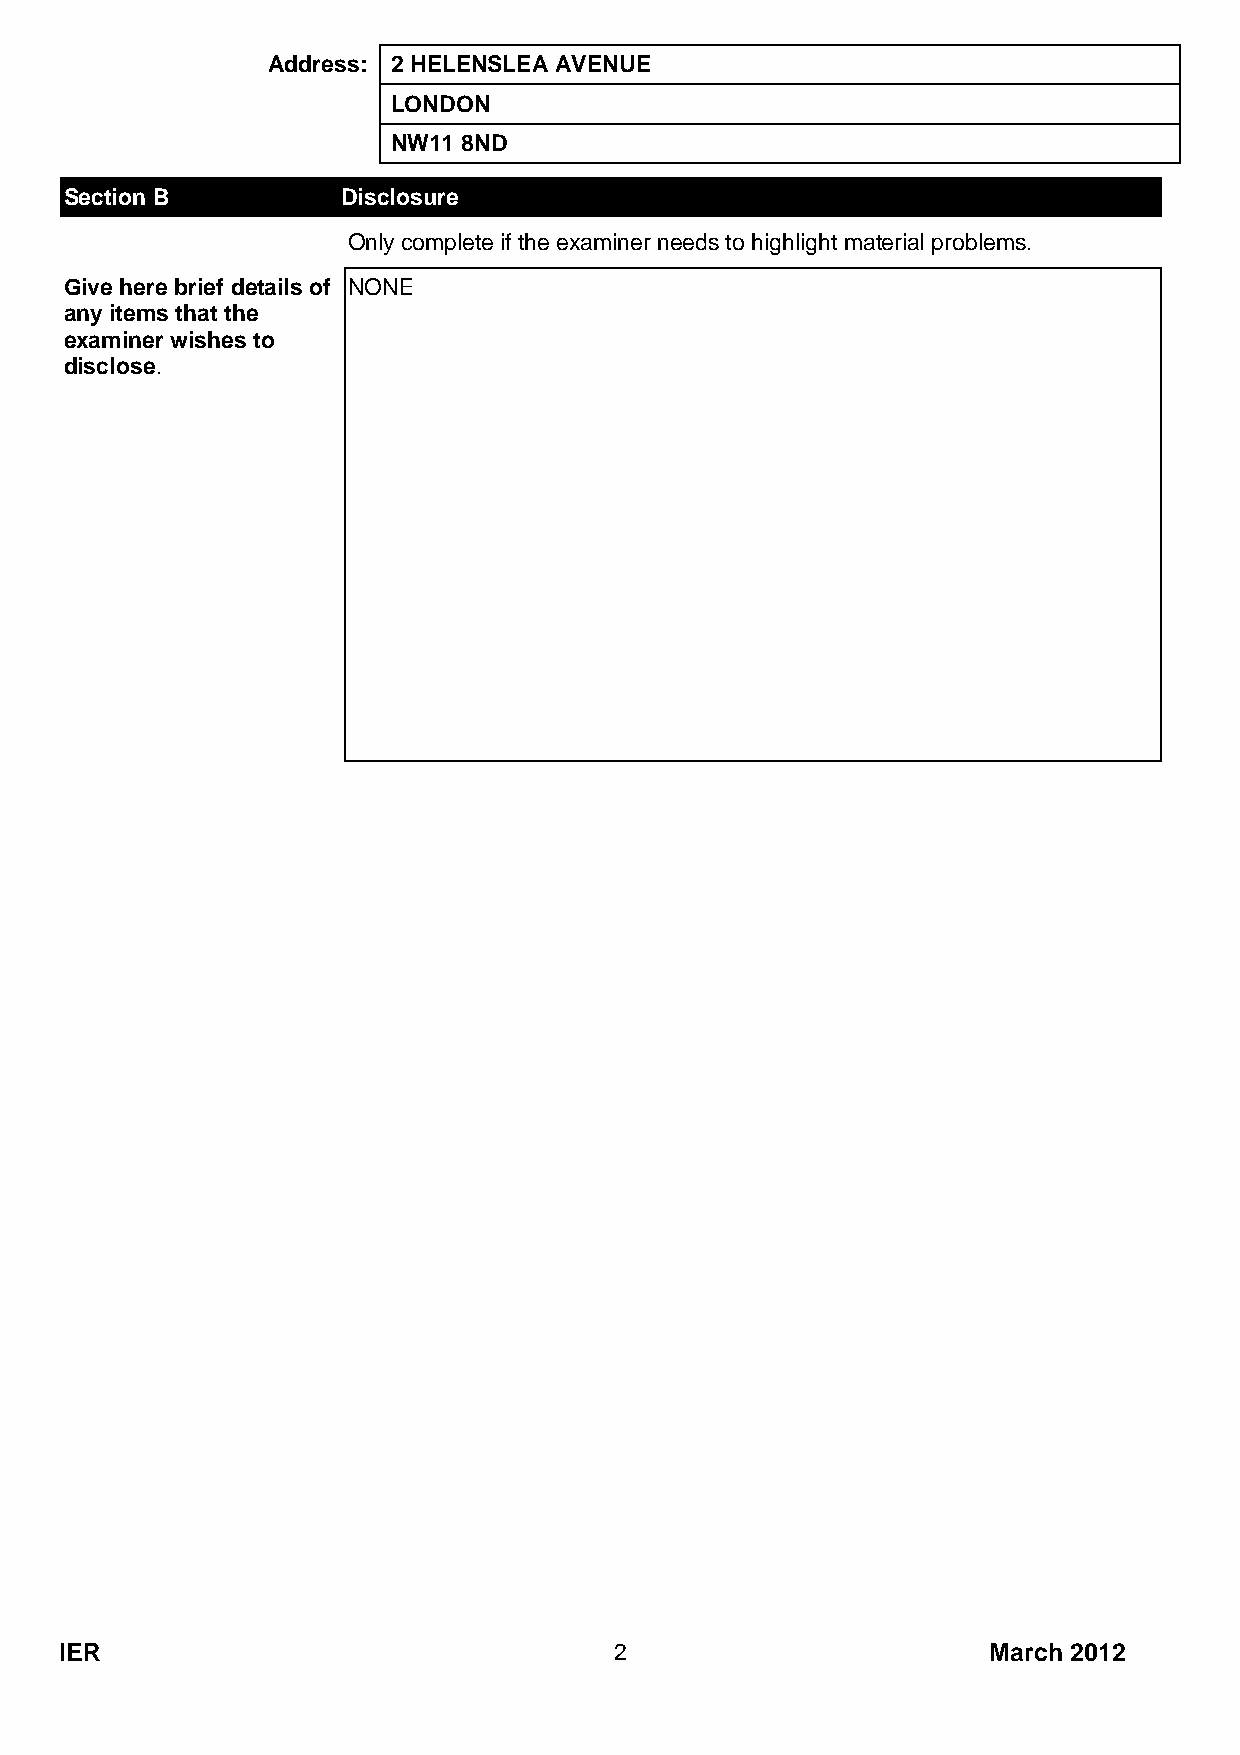
Address: 2 HELENSLEA AVENUE
 LONDON
 NW11 8ND
 Section B          Disclosure
 Only complete if the examiner needs to highlight material problems.
 Give here brief details of NONE
 any items that the
 examiner wishes to
 disclose.
 IER                                  2                       March 2012